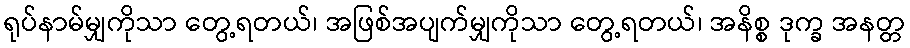
ရုပ်နာမ်မျှကိုသာ တွေ့ရတယ်၊ အဖြစ်အပျက်မျှကိုသာ တွေ့ရတယ်၊ အနိစ္စ ဒုက္ခ အနတ္တ